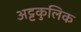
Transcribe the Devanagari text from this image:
अट्टकुलिक